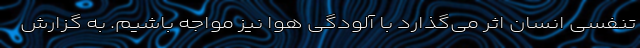
تنفسی انسان اثر می‌گذارد با آلودگی هوا نیز مواجه باشیم. به گزارش